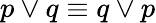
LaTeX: p\vee q\equiv q\vee p